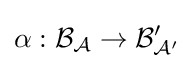
\alpha :{\mathcal {B_{A}}}\to {\mathcal {B'_{A'}}}